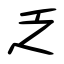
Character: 乏